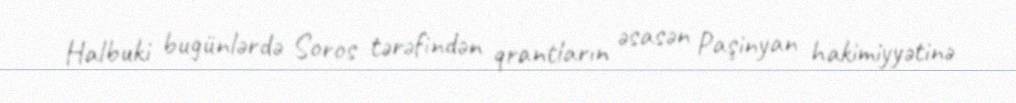
Halbuki bugünlərdə Soros tərəfindən qrantların əsasən Paşinyan hakimiyyətinə